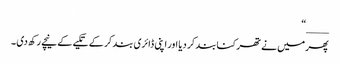
____“
پھر میں نے تھرکنا بند کر دیا اور اپنی ڈائری بند کر کے تکیے کے نیچے رکھ دی ۔